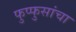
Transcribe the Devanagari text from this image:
फुप्फुसांचा